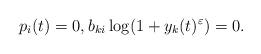
LaTeX: \begin{align*}p_i(t)=0,b_{ki}\log (1+y_k(t)^{\varepsilon})=0.\end{align*}